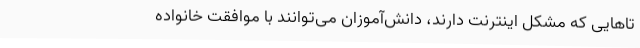
تاهایی که مشکل اینترنت دارند، دانش‌آموزان می‌توانند با موافقت خانواده